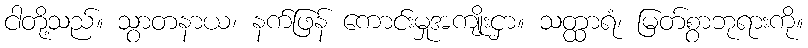
ငါတို့သည်။ သွာတနာယ၊ နက်ဖြန် ကောင်းမှုအကျိုးငှာ။ သတ္ထာရံ၊ မြတ်စွာဘုရားကို။